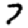
Digit: 7